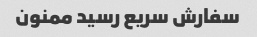
سفارش سریع رسید ممنون